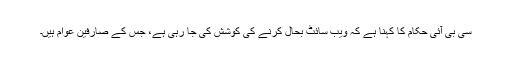
سی بی آئی حکام کا کہنا ہے کہ ویب سائٹ بحال کرنے کی کوشش کی جا رہی ہے، جس کے صارفین عوام ہیں۔